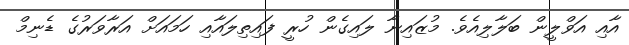
އާއި އަވްލީން ބަލާލިއެވެ. މުޒައިނާ ލައިގެން ހުރީ ފައިތިލައާއި ހަމައަށް އަރާވަރުގެ ޑެނިމް